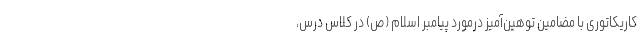
کاریکاتوری با مضامین توهین‌آمیز درمورد پیامبر اسلام (ص) در کلاس درس،